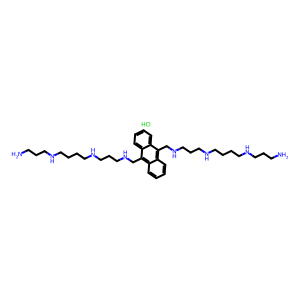
SMILES: Cl.NCCCNCCCCNCCCNCc1c2ccccc2c(CNCCCNCCCCNCCCN)c2ccccc12
Inhibits HIV replication: No